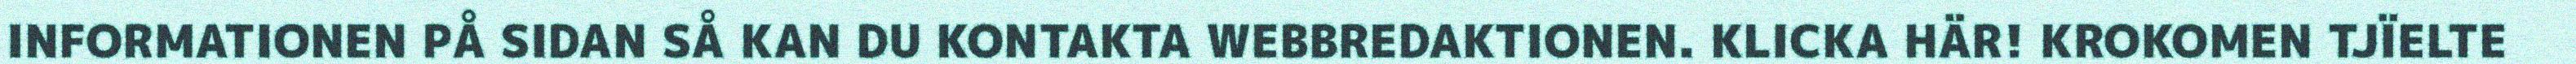
INFORMATIONEN PÅ SIDAN SÅ KAN DU KONTAKTA WEBBREDAKTIONEN. KLICKA HÄR! KROKOMEN TJÏELTE